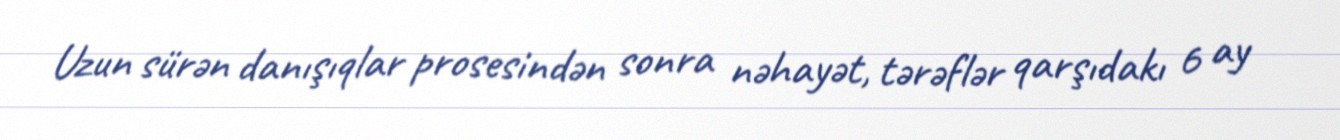
Uzun sürən danışıqlar prosesindən sonra nəhayət, tərəflər qarşıdakı 6 ay